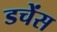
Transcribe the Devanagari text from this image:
डचेंस